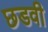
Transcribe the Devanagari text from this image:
छडवी